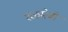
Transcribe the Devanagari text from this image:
श्ळमेबी